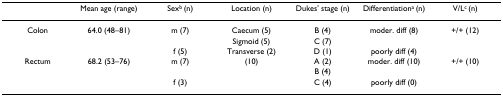
<table><thead><tr><td></td><td><b>Mean age (range)</b></td><td><b>Sex<sup>b </sup>(n)</b></td><td><b>Location (n)</b></td><td><b>Dukes&#x27; stage (n)</b></td><td><b>Differentiation<sup>a </sup>(n)</b></td><td><b>V/L<sup>c </sup>(n)</b></td></tr></thead><tbody><tr><td>Colon</td><td>64.0 (48–81)</td><td>m (7)</td><td>Caecum (5)</td><td>B (4)</td><td>moder. diff (8)</td><td>+/+ (12)</td></tr><tr><td></td><td></td><td></td><td>Sigmoid (5)</td><td>C (7)</td><td></td><td></td></tr><tr><td></td><td></td><td>f (5)</td><td>Transverse (2)</td><td>D (1)</td><td>poorly diff (4)</td><td></td></tr><tr><td>Rectum</td><td>68.2 (53–76)</td><td>m (7)</td><td>(10)</td><td>A (2)</td><td>moder. diff (10)</td><td>+/+ (10)</td></tr><tr><td></td><td></td><td></td><td></td><td>B (4)</td><td></td><td></td></tr><tr><td></td><td></td><td>f (3)</td><td></td><td>C (4)</td><td>poorly diff (0)</td><td></td></tr></tbody></table>